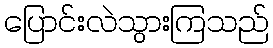
ပြောင်းလဲသွားကြသည်